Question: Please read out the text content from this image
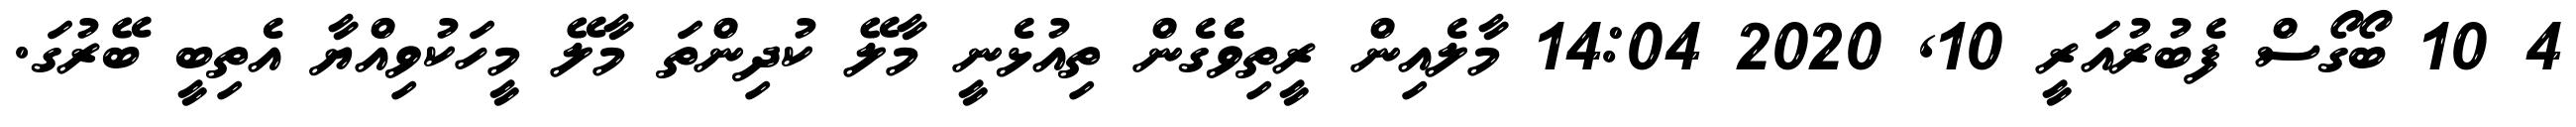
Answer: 4 10 ބޯގޯސް ފެބުރުއަރީ 10, 2020 14:04 މާލެއިން ރީތިވެެގެން ތިއުޅެނީ މާލޭ ކުދިންތަ މާލޭ މީހަކުވިއްޔާ އެތިބީ ބޭރުގަ.